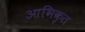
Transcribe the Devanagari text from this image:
आभिकृत